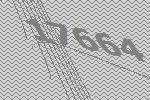
17664